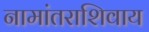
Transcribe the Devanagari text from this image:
नामांतराशिवाय